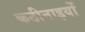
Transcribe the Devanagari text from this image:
कठीनाइयों